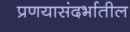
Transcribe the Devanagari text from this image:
प्रणयासंदर्भातील